Trukikaitis_Postimees, lk 7
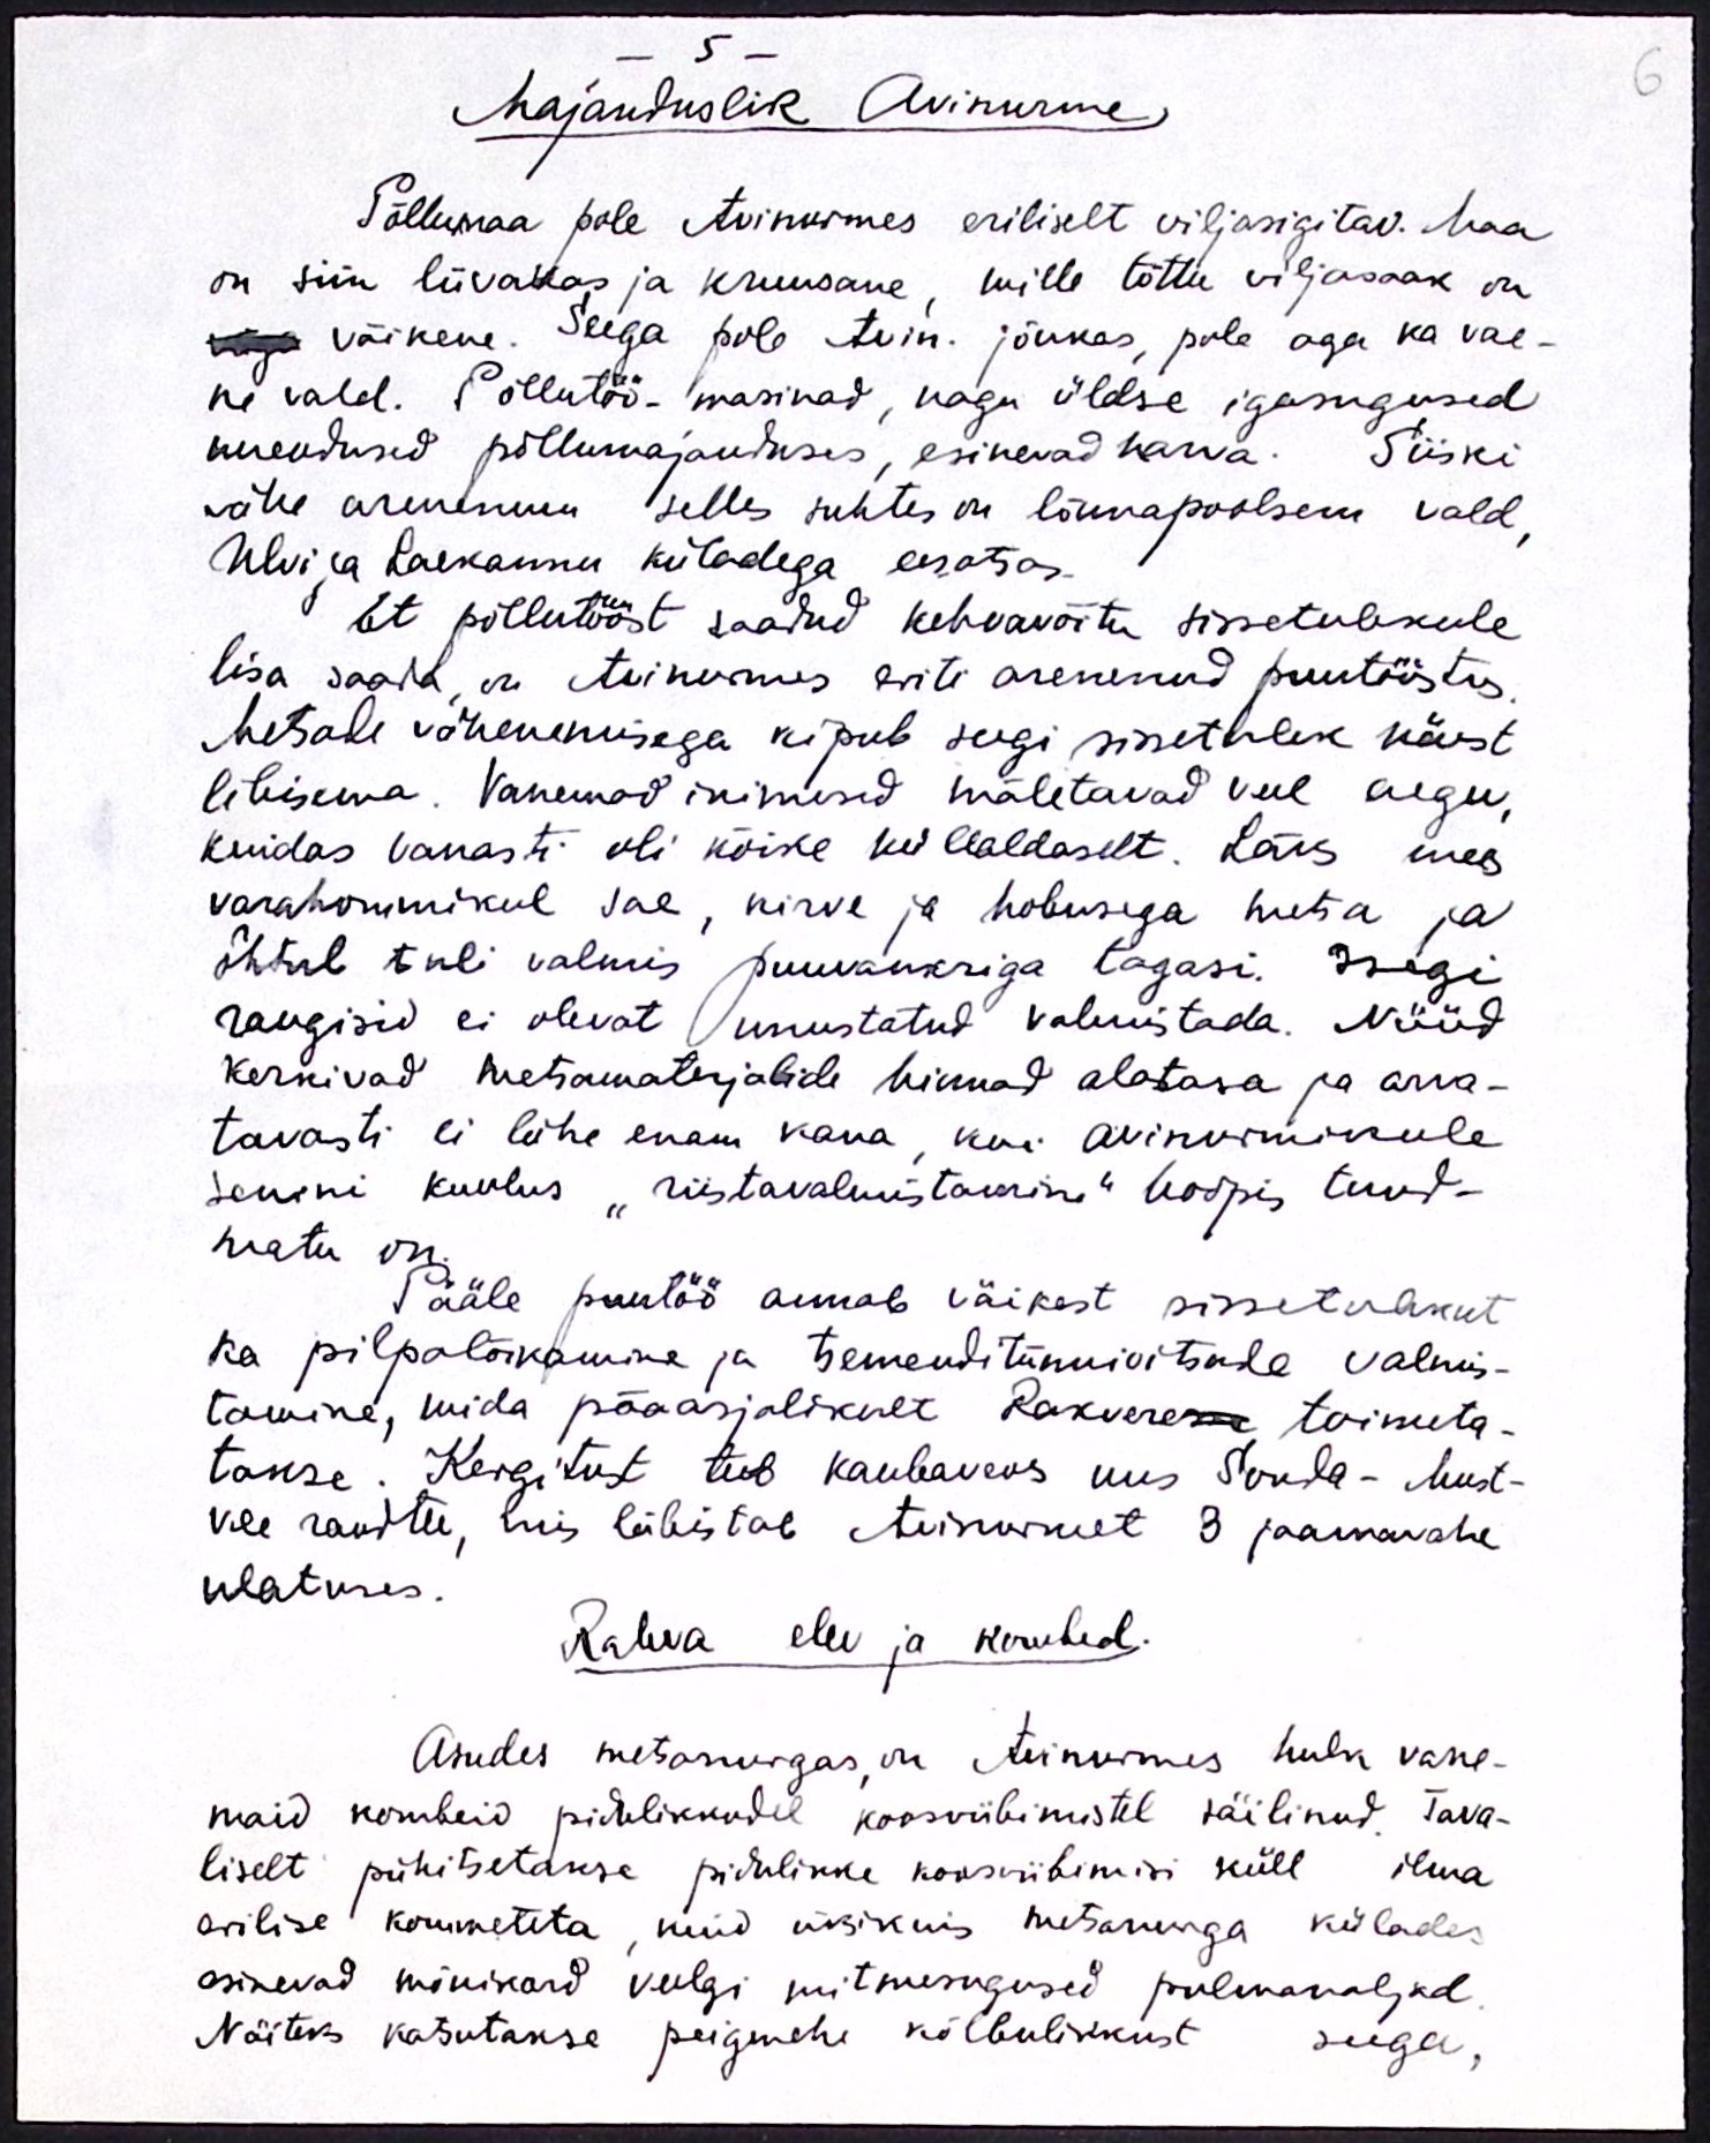
Majanduslik Avinurme
Põllumaa pole Avinurmes eriliselt viljasigitav. Maa
on siin liivakas ja kruusane, mille tõttu viljasaak on
väga väikene. Seega pole Avin. jõukas, pole aga ka vae-
ne vald. Põllutöö-masinad, nagu üldse igasugused
uuendused põllumajanduses, esinevad harva. Siiski
vähe arenenum selles suhtes on lõunapoolsem vald,
Ulvi ja Laekannu küladega eesotsas.
Et põllutööst saadud kehvavõitu sissetulekule
lisa saada, on Avinurmes eriti arenenud puutööstus.
Metsade vähememisega kipub seegi sissetulek käest
libisema. Vanemad inimesed mäletavad veel aegu,
kuidas vanasti oli kõike küllaldaselt. Läks mees
varahommikul sae, kirve ja hobusega metsa ja
õhtul tuli valmis puuvankriga tagasi. Isegi
raugisid ei olevat unustatud valmistada. Nüüd
kerkivad metsamaterjalide hinnad alatasa ja arva-
tavasti ei lähe enam kaua, kui avinurmikule
senini kuulus "riistavalmistamine" hoopis tund-
matu on.
Pääle puutöö annab väikest sissetulekut
ka pilpalõikamine ja tsemenditünnivitsade valmis-
tamine, mida pääasjalikult Rakveres toimeta-
takse. Kergitust teeb kaubaveos uus Sonda - Must-
vee raudtee, mis läbistab Avinurmet 3 jaamavahe
ulatuses.
Rahva elu ja kombed.
Asudes metsanurgas on Avinurmes hulk vane-
maid kombeid pidulikkudel koosviibimistel säilinud Tava-
liselt pühitsetakse pidulikke koosviibimisi küll ilma
erilise kommeteta, nüüd üksikuis metsanurga külades
esinevad mõnikord veelgi mitmesugused pulmanaljad
Näiteks kasutakse peigmehe kõlbulikust seega,